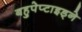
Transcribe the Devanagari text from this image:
बहुपेप्टाइड्ने